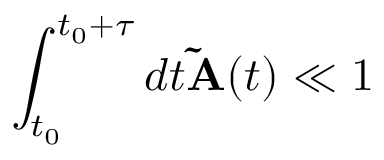
\int _ { t _ { 0 } } ^ { t _ { 0 } + \tau } d t \mathbf { \widetilde A } ( t ) \ll 1